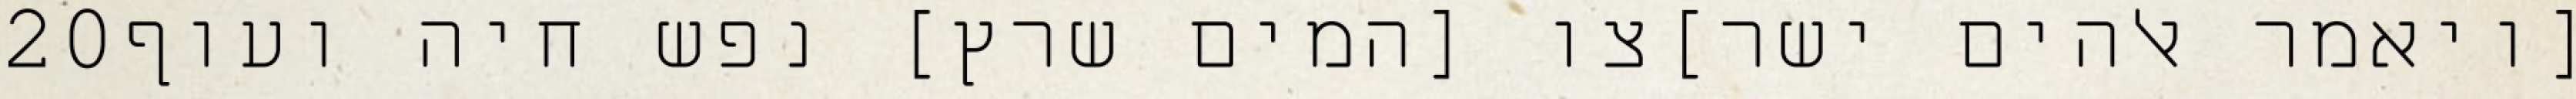
‎20‏ [ויאמר אלהים ישר]צו [המים שרץ] נפש חיה ועוף